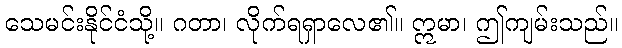
သေမင်းနိုင်ငံသို့။ ဂတာ၊ လိုက်ရရှာလေ၏။ ဣမာ၊ ဤကျမ်းသည်။